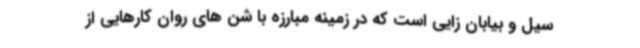
سیل و بیابان زایی است که در زمینه مبارزه با شن های روان کارهایی از